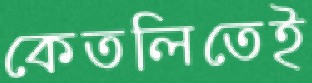
কেতলিতেই